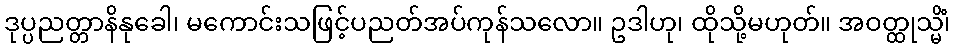
ဒုပ္ပညတ္တာနိနုခေါ၊ မကောင်းသဖြင့်ပညတ်အပ်ကုန်သလော။ ဥဒါဟု၊ ထိုသို့မဟုတ်။ အဝတ္ထုသ္မိံ၊